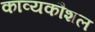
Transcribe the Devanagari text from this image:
काव्यकौशल